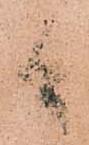
間